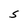
Character: S